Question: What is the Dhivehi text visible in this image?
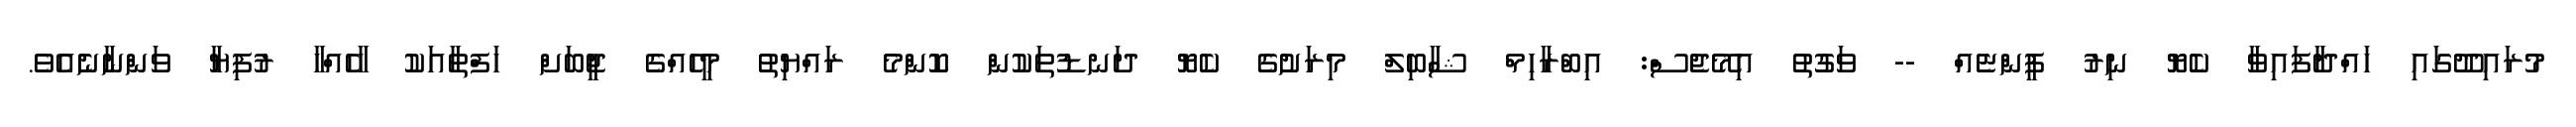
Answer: މުރައިދޫގައި ހައްދާފައިވާ ކެޔޮ ނިރު ފީންޏެއް -- ވަގުތު އިމޭޖެސް: އިބްރާހިމް ޝާބިލް މިރަށުގެ ކެޔޮ ދަނޑުތަކުން ކޮންމެ ރައްޔިތު މީހެއްގެ ޖީބަށް ހަފްތާއަކު ހާހެއްހާ ރުފިޔާ ވަންނާނެއެވެ.